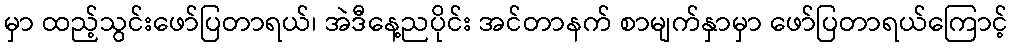
မှာ ထည့်သွင်းဖော်ပြတာရယ်၊ အဲဒီနေ့ညပိုင်း အင်တာနက် စာမျက်နှာမှာ ဖော်ပြတာရယ်ကြောင့်